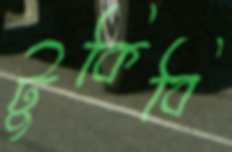
টুকিবি